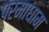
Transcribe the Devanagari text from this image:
परमाधाम